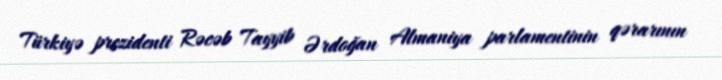
Türkiyə prezidenti Rəcəb Tayyib Ərdoğan Almaniya parlamentinin qərarının